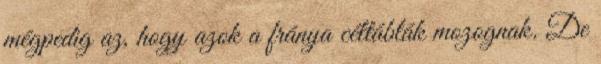
mégpedig az, hogy azok a fránya céltáblák mozognak. De